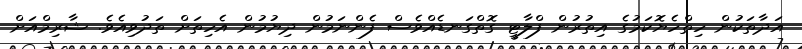
އަދާތަކުން ހިތްހެޔޮކަމުގެ އިތުރުން ފްލާޓީ ގޮތްގަނޑެއްވެސް ފެންނަމުން ދިޔުމުން އެހިތަށް ތަދުވިއެވެ. ޝާރިމްއަށް